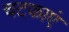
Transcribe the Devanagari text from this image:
चटकाएं